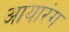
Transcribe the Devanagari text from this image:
आयारंग